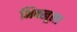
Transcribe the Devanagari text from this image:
भिक्खूला